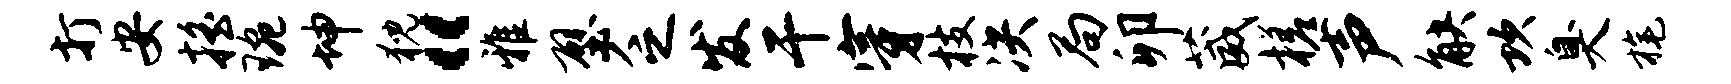
打安摇琬坤猊“雅壁乏发干穿枝决局卯葳槎声觖坎臭旄